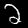
Label: 2